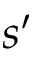
s ^ { \prime }